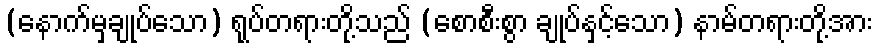
(နောက်မှချုပ်သော) ရုပ်တရားတို့သည် (စောစီးစွာ ချုပ်နှင့်သော) နာမ်တရားတို့အား